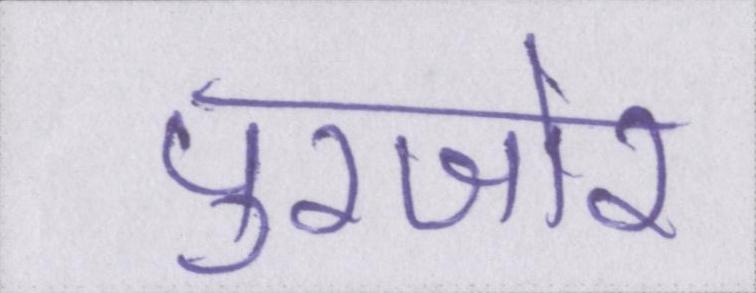
पुरजोर